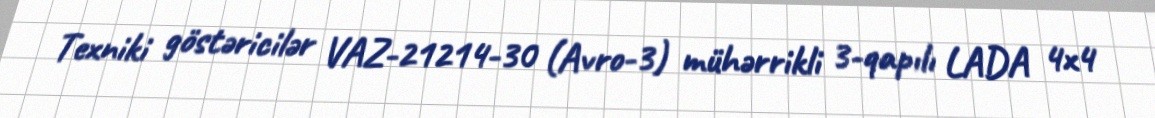
Texniki göstəricilər VAZ-21214-30 (Avro-3) mühərrikli 3-qapılı LADA 4x4